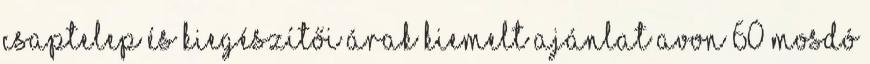
csaptelep és kiegészítői árak Kiemelt Ajánlat Avon 60 mosdó